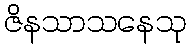
ဇိနသာသနေသု